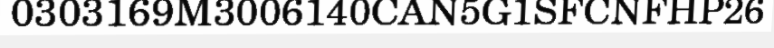
0303169M3006140CAN5G1SFCNFHP26